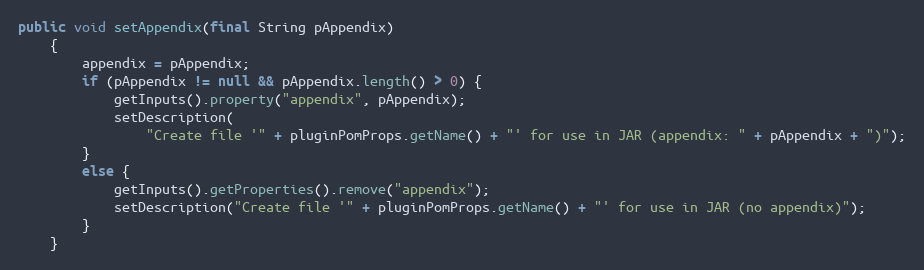
Language: Java
public void setAppendix(final String pAppendix)
    {
        appendix = pAppendix;
        if (pAppendix != null && pAppendix.length() > 0) {
            getInputs().property("appendix", pAppendix);
            setDescription(
                "Create file '" + pluginPomProps.getName() + "' for use in JAR (appendix: " + pAppendix + ")");
        }
        else {
            getInputs().getProperties().remove("appendix");
            setDescription("Create file '" + pluginPomProps.getName() + "' for use in JAR (no appendix)");
        }
    }